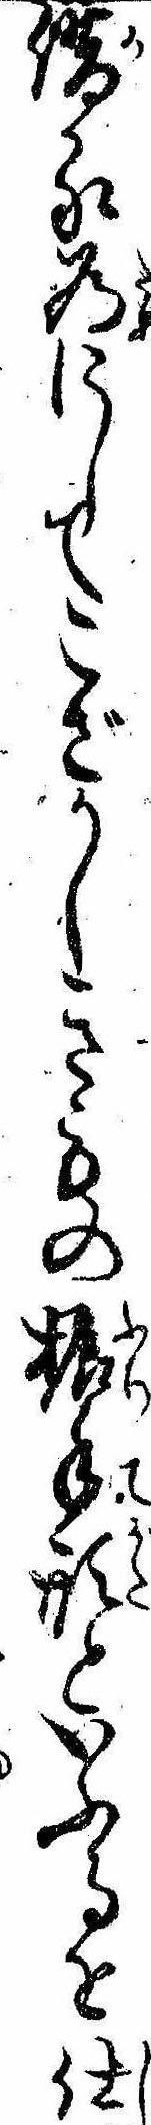
借る為にしてこざかしきもの振手形といふ事を仕